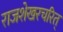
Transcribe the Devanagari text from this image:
राजशेखरचरित्